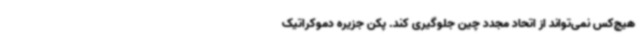
هیچ‌کس نمی‌تواند از اتحاد مجدد چین جلوگیری کند. پکن جزیره دموکراتیک